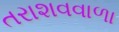
તરાશવવાળા